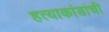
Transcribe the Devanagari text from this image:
हत्याकांडांची